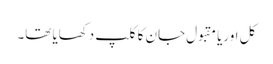
کل اوریا مقبول جان کا کلپ دکھایا تھا۔